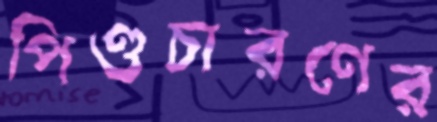
পিণ্ডচারণের